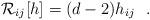
LaTeX: \begin{align*}{\cal R}_{ij}[h]=(d-2)h_{ij}~~.\end{align*}